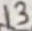
Text: 13